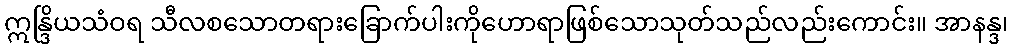
ဣန္ဒြိယသံဝရ သီလစသောတရားခြောက်ပါးကိုဟောရာဖြစ်သောသုတ်သည်လည်းကောင်း။ အာနန္ဒ၊